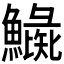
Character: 𩻼